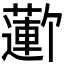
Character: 𬞮